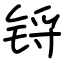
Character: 锊